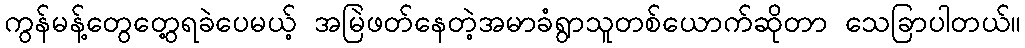
ကွန်မန့်တွေတွေ့ရခဲပေမယ့် အမြဲဖတ်နေတဲ့အမာခံရွာသူတစ်ယောက်ဆိုတာ သေခြာပါတယ်။